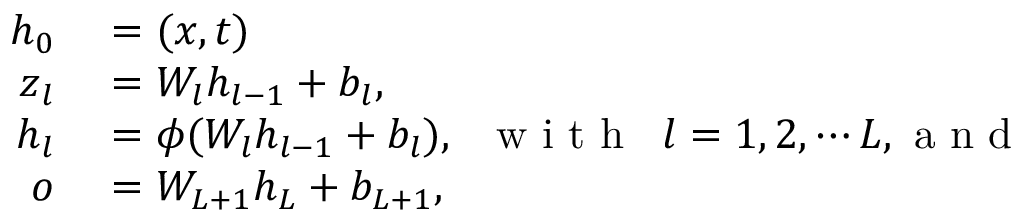
\begin{array} { r l } { \boldsymbol { h } _ { 0 } } & { { } = ( \boldsymbol { x } , t ) } \\ { \boldsymbol { z } _ { l } } & { { } = W _ { l } \boldsymbol { h } _ { l - 1 } + b _ { l } , } \\ { \boldsymbol { h } _ { l } } & { { } = \phi ( W _ { l } \boldsymbol { h } _ { l - 1 } + b _ { l } ) , \; \; \mathrm { ~ w ~ i ~ t ~ h ~ } \; \; l = 1 , 2 , \cdots L , \mathrm { ~ a ~ n ~ d ~ } } \\ { \boldsymbol { o } } & { { } = W _ { L + 1 } \boldsymbol { h } _ { L } + b _ { L + 1 } , } \end{array}